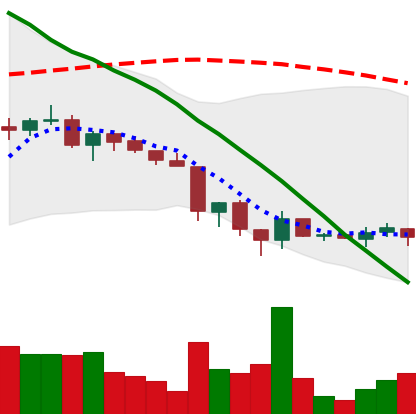
Ticker: ADA-USD
Chart end date: 2018-06-20
Forward return: -16.493%
Label: down_7plus